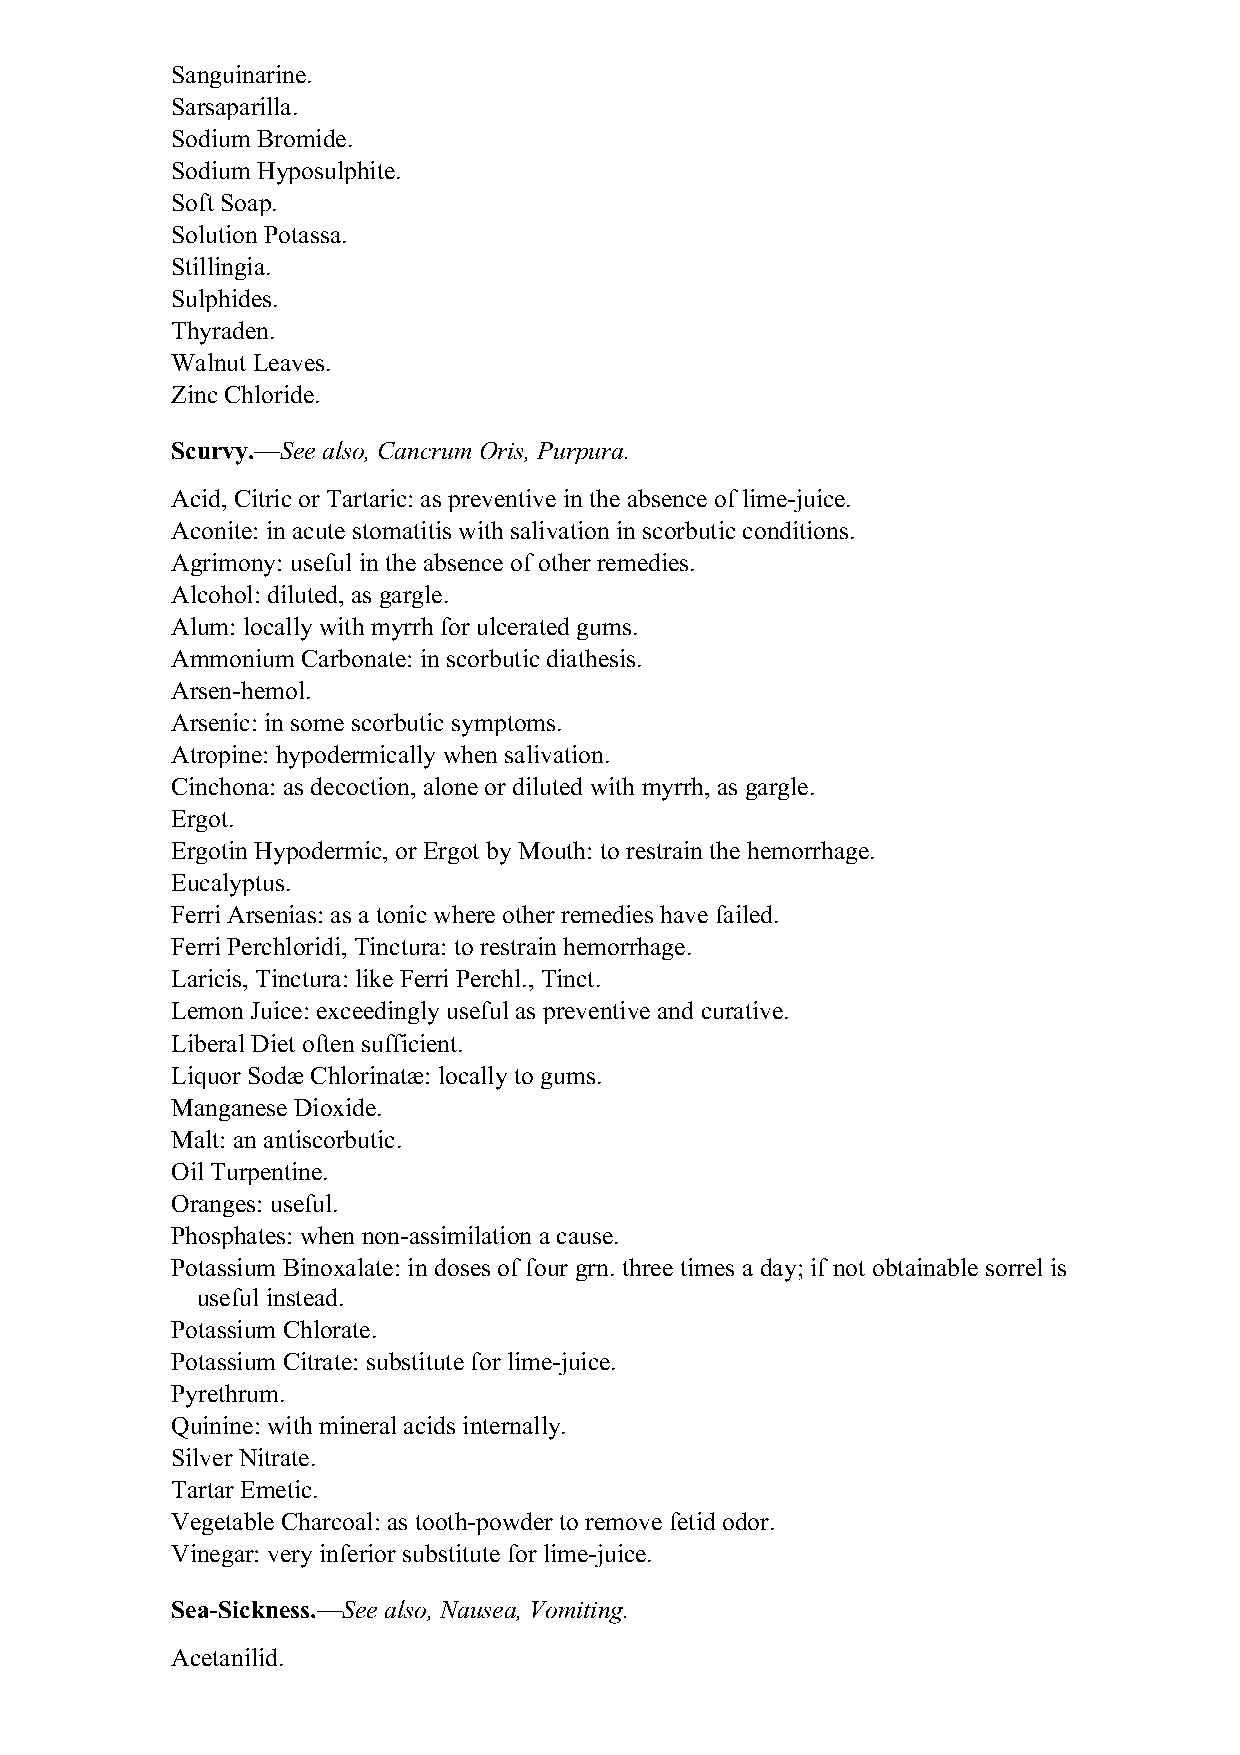
Sanguinarine.
 Sarsaparilla.
 Sodium Bromide.
 Sodium Hyposulphite.
 Soft Soap.
 Solution Potassa.
 Stillingia.
 Sulphides.
 Thyraden.
 Walnut Leaves.
 Zinc Chloride.
 Scurvy.—See also, Cancrum Oris, Purpura.
 Acid, Citric or Tartaric: as preventive in the absence of lime-juice.
 Aconite: in acute stomatitis with salivation in scorbutic conditions.
 Agrimony: useful in the absence of other remedies.
 Alcohol: diluted, as gargle.
 Alum: locally with myrrh for ulcerated gums.
 Ammonium Carbonate: in scorbutic diathesis.
 Arsen-hemol.
 Arsenic: in some scorbutic symptoms.
 Atropine: hypodermically when salivation.
 Cinchona: as decoction, alone or diluted with myrrh, as gargle.
 Ergot.
 Ergotin Hypodermic, or Ergot by Mouth: to restrain the hemorrhage.
 Eucalyptus.
 Ferri Arsenias: as a tonic where other remedies have failed.
 Ferri Perchloridi, Tinctura: to restrain hemorrhage.
 Laricis, Tinctura: like Ferri Perchl., Tinct.
 Lemon Juice: exceedingly useful as preventive and curative.
 Liberal Diet often sufficient.
 Liquor Sodæ Chlorinatæ: locally to gums.
 Manganese Dioxide.
 Malt: an antiscorbutic.
 Oil Turpentine.
 Oranges: useful.
 Phosphates: when non-assimilation a cause.
 Potassium Binoxalate: in doses of four grn. three times a day; if not obtainable sorrel is
 useful instead.
 Potassium Chlorate.
 Potassium Citrate: substitute for lime-juice.
 Pyrethrum.
 Quinine: with mineral acids internally.
 Silver Nitrate.
 Tartar Emetic.
 Vegetable Charcoal: as tooth-powder to remove fetid odor.
 Vinegar: very inferior substitute for lime-juice.
 Sea-Sickness.—See also, Nausea, Vomiting.
 Acetanilid.